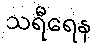
သရီရေန